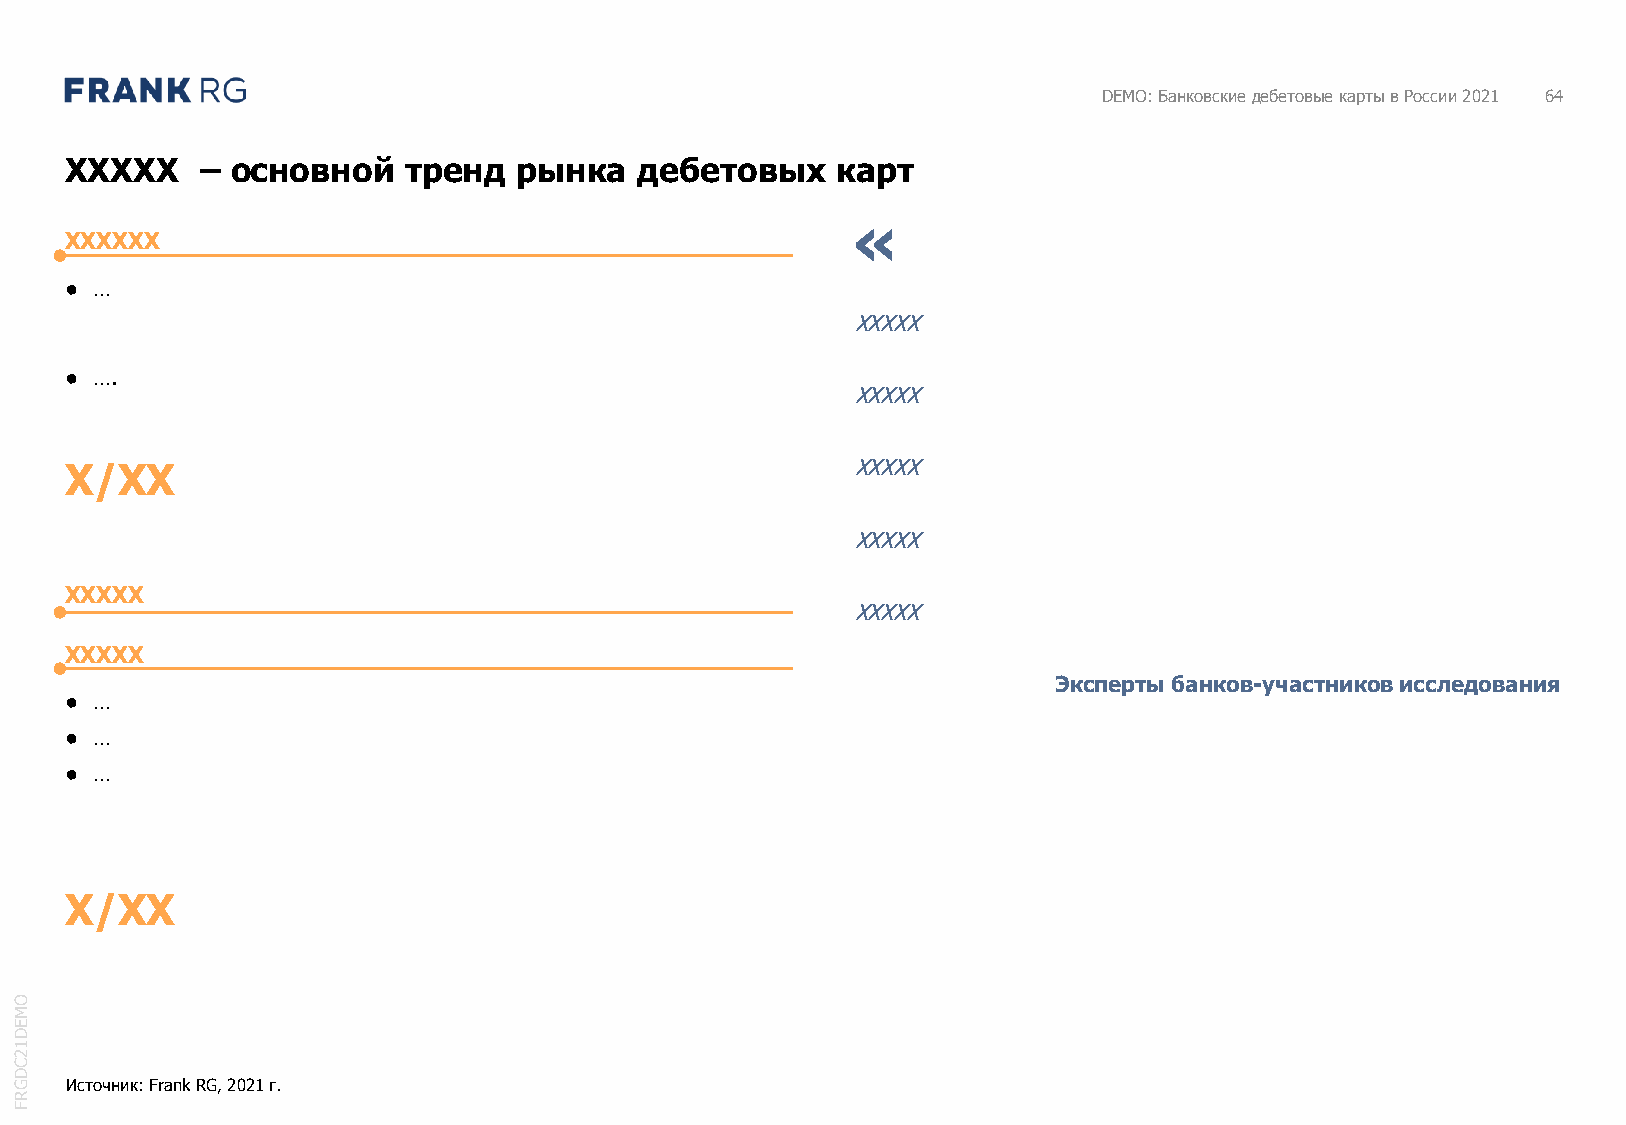
DEMO: Банковские дебетовые карты в России 2021 64
 XXXXX    – основной    тренд  рынка   дебетовых    карт
 «
 XXXXXX
 ● …
 XXXXX
 ● ….
 XXXXX
 X/XX                                                XXXXX
 XXXXX
 XXXXX
 XXXXX
 XXXXX
 Эксперты банков-участников исследования
 ● …
 ● …
 ● …
 X/XX
 O
 M
 E
 D
 1
 2
 C
 D
 G  Источник: Frank RG, 2021 г.
 R
 F